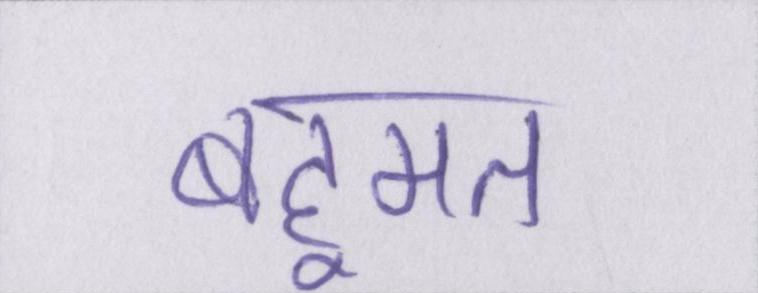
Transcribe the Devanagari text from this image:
बहूमत